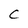
Character: C